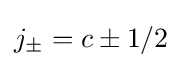
j_{\pm }=c\pm 1/2